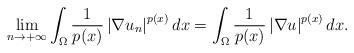
LaTeX: \begin{align*} \underset{n\rightarrow +\infty }{\lim }\int_{\Omega }\frac{1}{p(x)}\left\vert \nabla u_{n}\right\vert ^{p(x)}dx=\int_{\Omega }\frac{1}{p(x)}\left\vert \nabla u\right\vert ^{p(x)}dx.\end{align*}